Vaccination in Bombay 1902-1912 - 1902-1912
Year: 1902
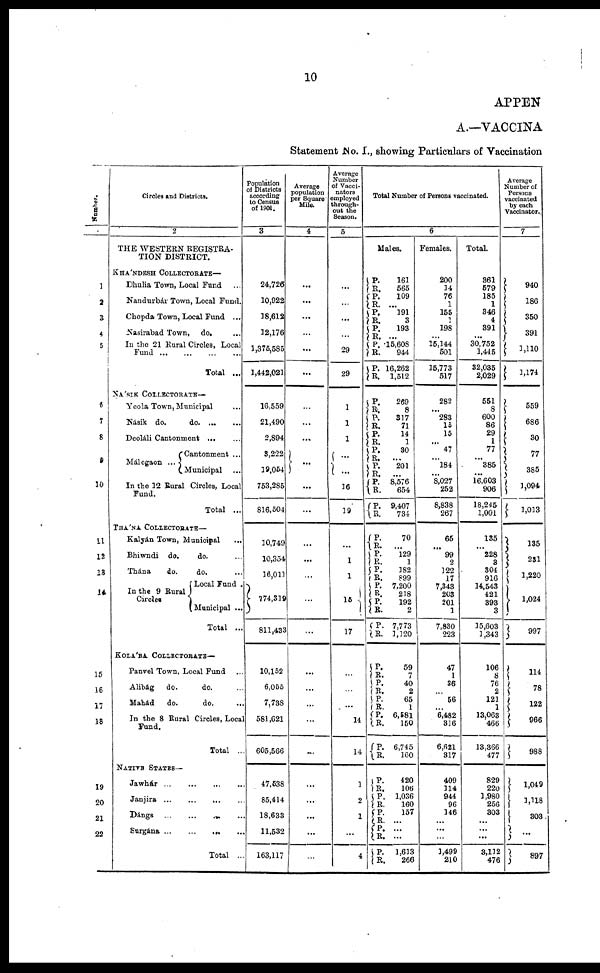
10
APPEN
A.—VACCINA
Statement No. I., showing Particulars of Vaccination
Number.
1
2
3
4
5
6
7
8
9
10
11
12
13
14
15
16
17
18
19
20
21
22
Circles and Districts.
2
THE WESTERN REGISTRA-
TION DISTRICT.
KHÁNDESH COLLECTORATE—
Dhulia Town, Local Fund ...
Nandurbár Town, Local Fund.
Chopda Town, Local Fund ...
Nasirabad Town, do. ...
In the 21 Rural Circles, Local
Fund...
...
...
...
Total ...
NÁSIK COLLECTORATE—
Yeola Town, Municipal ...
Násik do.
do. ... ...
Deoláli Cantonment
...
...
Málegaon ...
Cantonment ...
Municipal ...
In the 12 Rural Circles, Local
Fund.
Total ...
THÁNA COLLECTORATE—
Kalyán Town, Municipal ...
Bhiwndi do.
do. ...
Thána
do.
do. ...
In the 9 Rural
Circles
Local Fund .
Municipal ...
Total ...
KOLÁBA COLLECTORATE—
Panvel Town, Local Fund ...
Alibág
do.
do. ...
Mahád
do.
do.
...
In the 8 Rural Circles, Local
Fund.
Total ..
NATIVE STATES—
Jawhár...
...
...
...
Janjira...
...
...
...
Dángs ... ... ... ...
Surgána... ... ... ...
Total ...
Population
of Districts
according
to Census
of 1901.
3
24,726
10,922
18,612
12,176
1,375,585
1,442,021
16,559
21,490
2,894
3,222
19,054
753,285
816,504
10,749
10,354
16,011
774,319
811,433
10,152
6,055
7,738
581,621
605,566
47,538
85,414
18,633
11,532
163,117
Average
population
per Square
Mile.
4
...
...
...
...
...
...
...
...
...
...
...
...
...
...
...
...
...
...
...
...
...
...
...
...
...
...
...
Average
Number
of Vacci¬
nators
employed
through-
out the
Season.
5
...
...
...
...
29
29
1
1
1
...
...
16
19
...
1
1
15
17
...
...
...
14
14
1
2
1
...
4
Total Number of Persons vaccinated.
6
Males.
P.
R.
P.
R.
P.
R.
P.
R.
P.
R.
P.
R.
161
565
109
...
191
3
193
...
15,608
944
16,262
1,512
P.
R. P.
R.
P. R.
P. R.
P.
R.
P.
R.
P.
R.
269
8
317
71
14
1
30
...
201
...
8,576
654
9,407
734
P. R.
P. R.
P.
R.
P. R.
P.
R.
P.
R.
70
...
129
1
182
899
7,200
218
192
2
7,773
1,120
P.
R.
P.
R.
P.
R.
P.
R.
P.
R.
59
7
40
2
65
1
6,581
150
6,745
160
P.
R.
P.
R. P.
R.
P.
R.
P.
R.
420
106
1,036
160
157
...
...
...
1,613
266
Females.
200
14
76
1
155
1
198
...
15,144
501
15,773
517
282
...
283
15
15
...
47
...
184
...
8,027
252
8,838
267
65
...
99
2
122
17
7,343
203
201
1
7,830
223
47
1
36
...
56
...
6,482
316
6,621
317
409
114
944
96
146
...
...
...
1,499
210
Total.
361
579
185
1
346
4
391
...
30,752
1,445
32,035
2,029
551
8
600
86
29
1
77
...
385
...
16,603
906
18,245
1,001
135
... 228
3
304
916
14,543
421
393
3
15,603
1,343
106
8
76
2
121
1
13,063
466
13,366
477
829
220
1,980
256
303
...
...
...
3,112
476
Average
Number of
Persons
vaccinated
by each
Vaccinator.
7
940
186
350
391
1,110
1,174
559
686
30
77
385
1,094
1,013
135
231
1,220
1,024
997
114
78
122
966
988
1,049
1,118
303
...
897